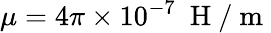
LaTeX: \mu=4\pi\times 10^{-7}~\mathrm{~H~}/\mathrm{~m~}